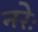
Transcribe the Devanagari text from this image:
नरेः